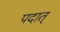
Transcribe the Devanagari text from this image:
पदात्